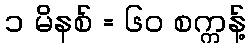
၁ မိနစ် = ၆၀ စက္ကန့်